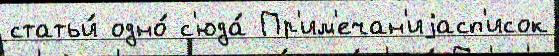
статьи́ одно́ с'юда́ Пр'им'ечан'иjасп'исок